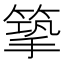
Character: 篫